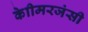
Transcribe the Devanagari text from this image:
केाीमरजंसी